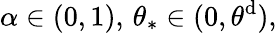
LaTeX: \alpha\in(0,1),\, \theta_{\ast}\in(0,\theta^{\mathrm{d}}),